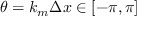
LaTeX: \theta = k _ { m } \Delta x \in [ - \pi , \pi ]